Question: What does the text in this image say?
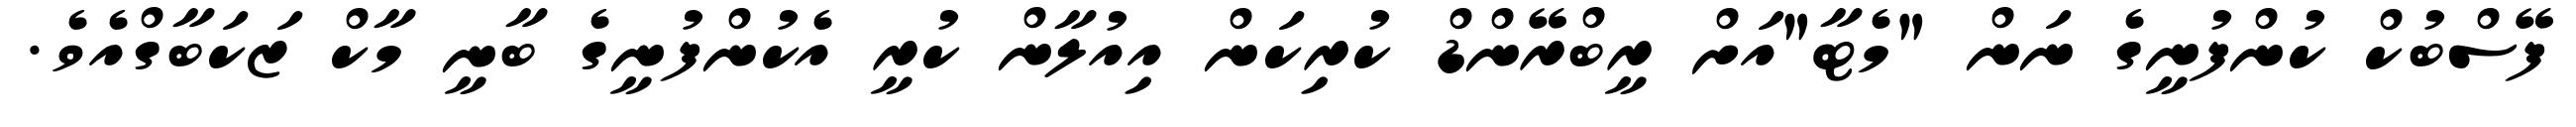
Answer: ފޭސްބުކް ކުންފުނީގެ ނަން "މެޓާ"އަށް ރީބްރޭންޑް ކުރިކަން އިއުލާން ކުރީ އެކުންފުނީގެ ބާނީ މާކް ޒަކަބާގްއެވެ.